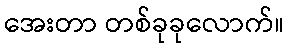
အေးတာ တစ်ခုခုလောက်။